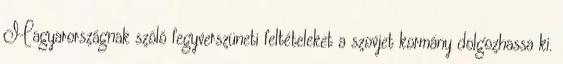
Magyarországnak szóló fegyverszüneti feltételeket a szovjet kormány dolgozhassa ki.